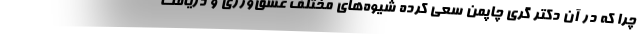
چرا که در آن دکتر گری چاپمن سعی کرده شیوه‌های مختلف عشق‌ورزی و دریافت